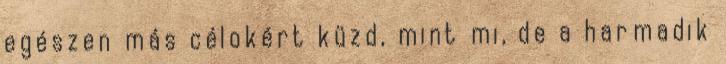
egészen más célokért küzd, mint mi, de a harmadik